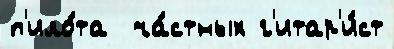
п'ило́та  ча́стных г'итар'и́ст